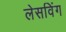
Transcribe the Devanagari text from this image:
लेसविंग